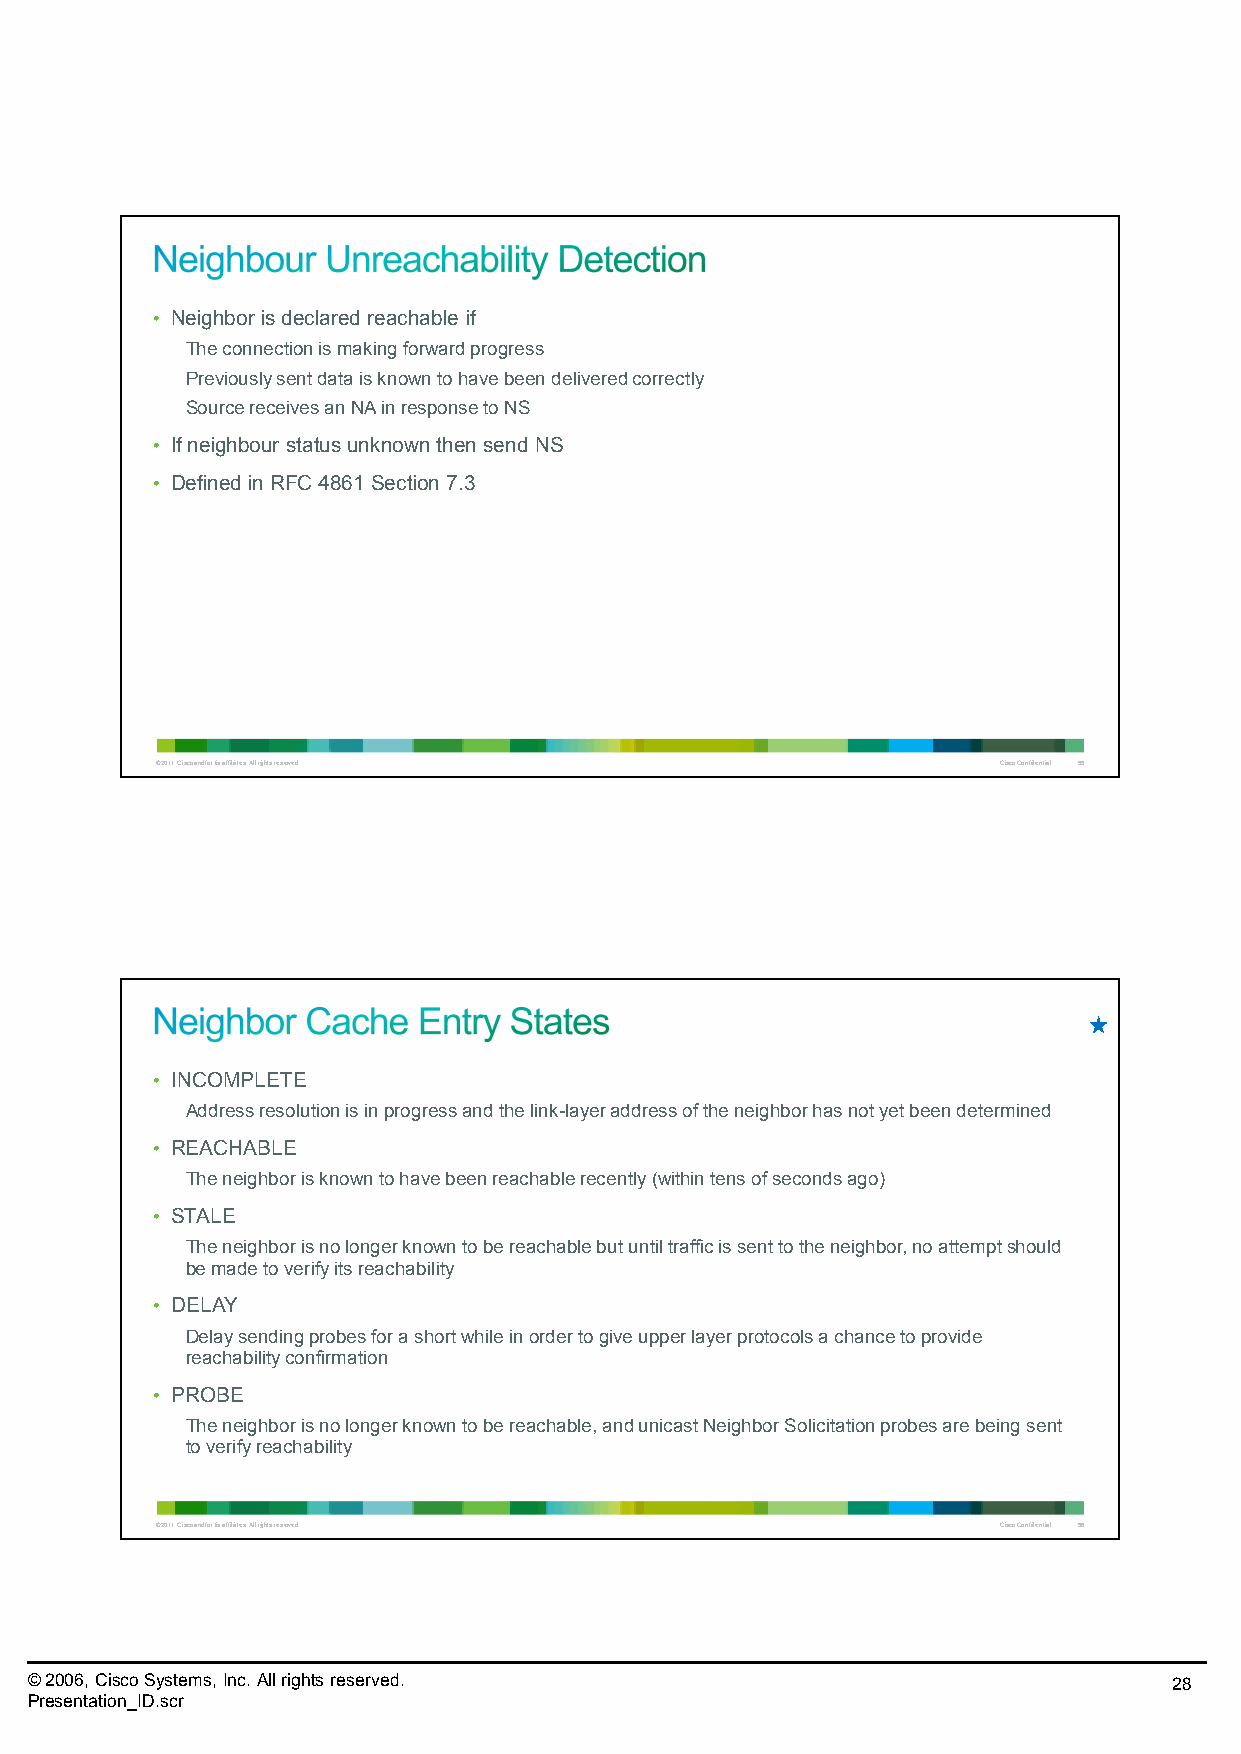
• Neighbor is declared reachable if
 The connection is making forward progress
 Previously sent data is known to have been delivered correctly
 Source receives an NA in response to NS
 • If neighbour status unknown then send NS
 • Defined in RFC 4861 Section 7.3
 © 2011 Cisco and/or its affiliates. All rights reserved. Cisco Confidential 55
 • INCOMPLETE
 Address resolution is in progress and the link-layer address of the neighbor has not yet been determined
 • REACHABLE
 The neighbor is known to have been reachable recently (within tens of seconds ago)
 • STALE
 The neighbor is no longer known to be reachable but until traffic is sent to the neighbor, no attempt should
 be made to verify its reachability
 • DELAY
 Delay sending probes for a short while in order to give upper layer protocols a chance to provide
 reachabilityconfirmation
 • PROBE
 The neighbor is no longer known to be reachable, and unicastNeighbor Solicitation probes are being sent
 to verify reachability
 © 2011 Cisco and/or its affiliates. All rights reserved. Cisco Confidential 56
 © 2006, Cisco Systems, Inc. All rights reserved.                            28
 Presentation_ID.scr